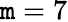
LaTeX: \mathtt{m}=7